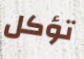
تؤكل